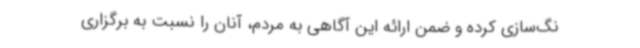
نگ‌سازی کرده و ضمن ارائه این آگاهی به مردم، آنان را نسبت به برگزاری